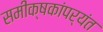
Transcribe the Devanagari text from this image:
समीक्षकांपर्यंत